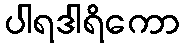
ပါရဒါရိကော